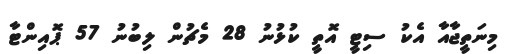
މިނަތީޖާއާ އެކު ސިޓީ އޮތީ ކުޅުނު 28 މެޗުން ލިބުނު 57 ޕޮއިންޓާ